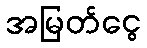
အမြတ်ငွေ